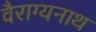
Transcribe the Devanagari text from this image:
वैराग्यनाथ